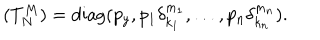
LaTeX: ( T _ { N } ^ { M } ) = \mathrm { d i a g } ( p _ { y } , p _ { 1 } \delta _ { k _ { 1 } } ^ { m _ { 1 } } , \ldots , p _ { n } \delta _ { k _ { n } } ^ { m _ { n } } ) .